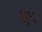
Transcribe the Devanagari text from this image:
शुध